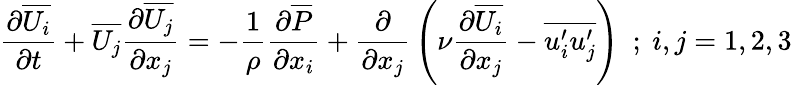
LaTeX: {\frac{\partial\overline{{U_{i}}}}{\partial t}}+\overline{{U_{j}}}{\frac{\partial\overline{{U_{j}}}}{\partial x_{j}}}=-{\frac{1}{\rho}}{\frac{\partial\overline{{P}}}{\partial x_{i}}}+{\frac{\partial}{\partial x_{j}}}\left(\nu{\frac{\partial\overline{{U_{i}}}}{\partial x_{j}}}-\overline{{u_{i}^{\prime}u_{j}^{\prime}}}\right)~~;~i,j=1,2,3